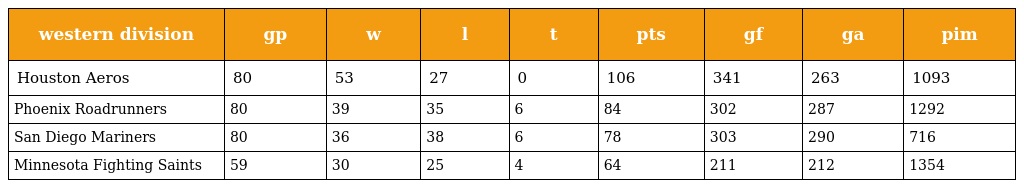
| western division | gp | w | l | t | pts | gf | ga | pim |
 | --- | --- | --- | --- | --- | --- | --- | --- | --- |
 | Houston Aeros | 80 | 53 | 27 | 0 | 106 | 341 | 263 | 1093 |
 | Phoenix Roadrunners | 80 | 39 | 35 | 6 | 84 | 302 | 287 | 1292 |
 | San Diego Mariners | 80 | 36 | 38 | 6 | 78 | 303 | 290 | 716 |
 | Minnesota Fighting Saints | 59 | 30 | 25 | 4 | 64 | 211 | 212 | 1354 |